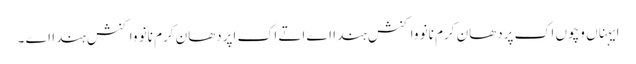
ایہناں وچوں اک پردھان کرم نانوَ واکنش ہندا اے اتے اک اپردھان کرم نانوَ واکنش ہندا اے ۔